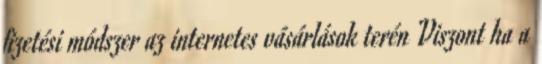
fizetési módszer az internetes vásárlások terén Viszont ha a